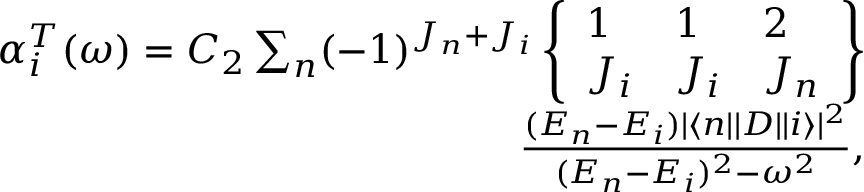
\begin{array} { r } { \alpha _ { i } ^ { T } ( \omega ) = C _ { 2 } \sum _ { n } ( - 1 ) ^ { J _ { n } + J _ { i } } \left\{ \begin{array} { l l l } { 1 } & { 1 } & { 2 } \\ { J _ { i } } & { J _ { i } } & { J _ { n } } \end{array} \right\} } \\ { \frac { ( E _ { n } - E _ { i } ) | \langle n | | D | | i \rangle | ^ { 2 } } { ( E _ { n } - E _ { i } ) ^ { 2 } - \omega ^ { 2 } } , } \end{array}